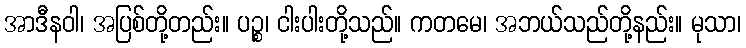
အာဒီနဝါ၊ အပြစ်တို့တည်း။ ပဉ္စ၊ ငါးပါးတို့သည်။ ကတမေ၊ အဘယ်သည်တို့နည်း။ မုသာ၊